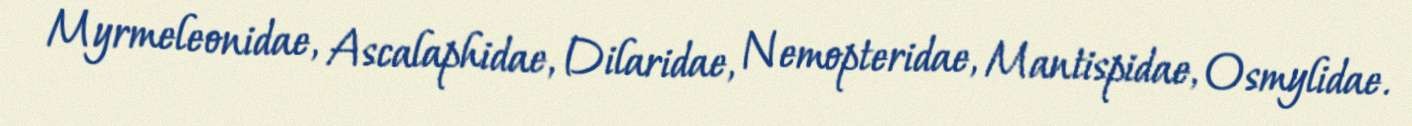
Myrmeleonidae, Ascalaphidae, Dilaridae, Nemopteridae, Mantispidae, Osmylidae.